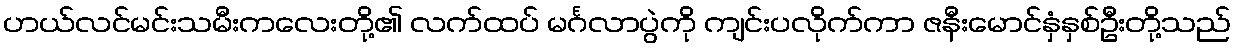
ဟယ်လင်မင်းသမီးကလေးတို့၏ လက်ထပ် မင်္ဂလာပွဲကို ကျင်းပလိုက်ကာ ဇနီးမောင်နှံနှစ်ဦးတို့သည်